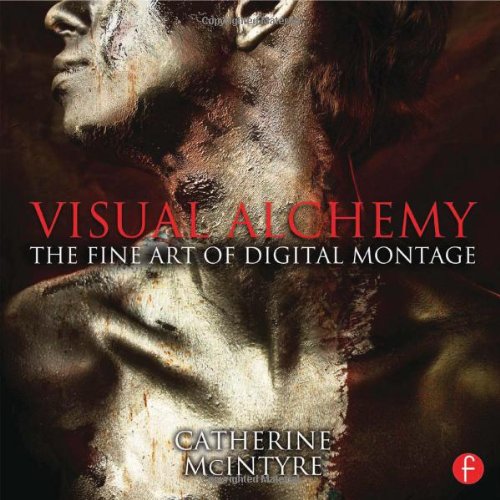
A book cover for Visual Alchemy: The Fine Art of Digital Montage; Catherine McIntyre; Computers & Technology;